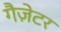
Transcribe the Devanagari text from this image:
गैज़ेटर